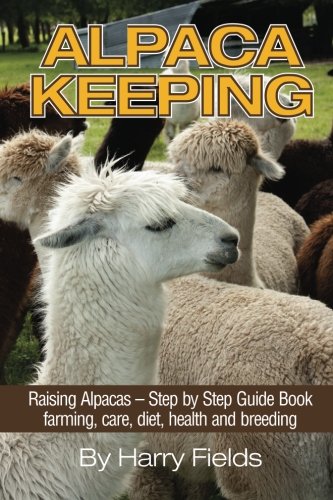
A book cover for Alpaca Keeping Raising Alpacas - Step by Step Guide Book... farming, care, diet, health and breeding; Harry Fields; Crafts, Hobbies & Home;